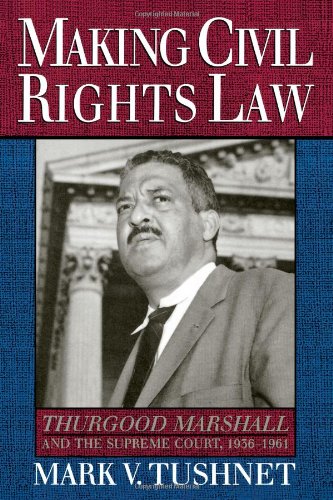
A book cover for Making Civil Rights Law: Thurgood Marshall and the Supreme Court, 1936-1961; Mark V. Tushnet; Law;